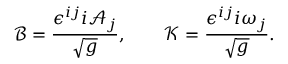
\mathcal { B } = \frac { \epsilon ^ { i j } \d _ { i } \mathcal { A } _ { j } } { \sqrt { g } } , \qquad \mathcal { K } = \frac { \epsilon ^ { i j } \d _ { i } \mathcal { \omega } _ { j } } { \sqrt { g } } .